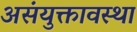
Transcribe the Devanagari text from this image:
असंयुक्तावस्था